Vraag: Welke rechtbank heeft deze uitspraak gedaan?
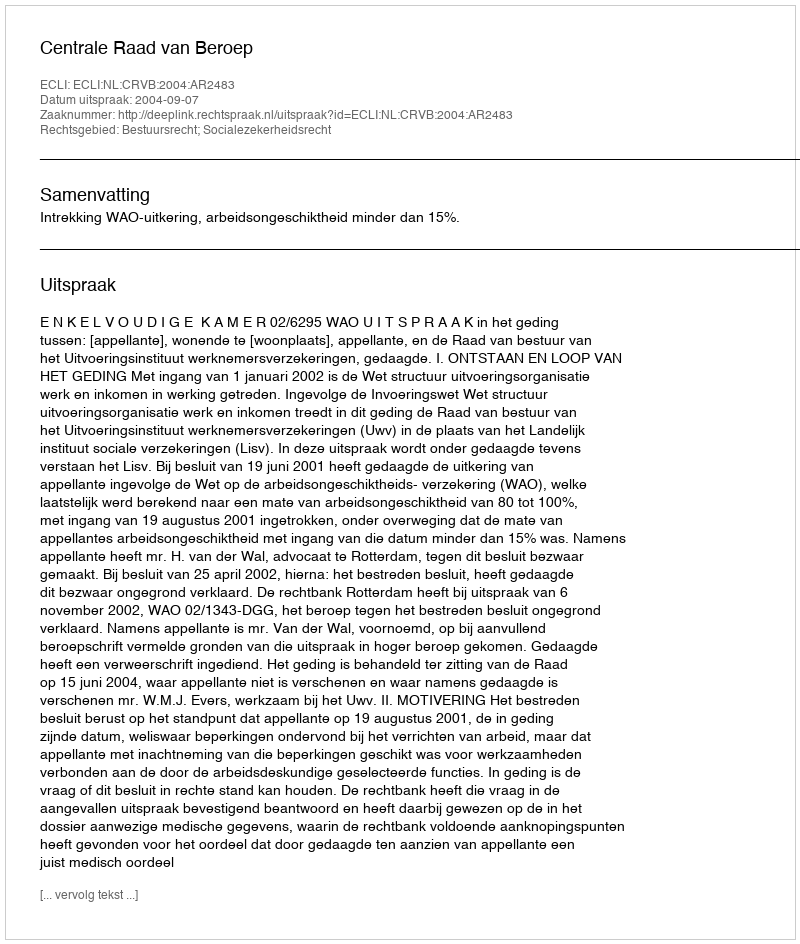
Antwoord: Centrale Raad van Beroep